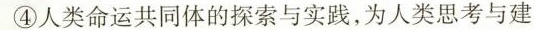
④人类命运共同体的探索与实践，为人类思考与建